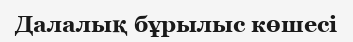
Далалық бұрылыс көшесі